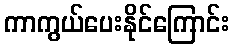
ကာကွယ်ပေးနိုင်ကြောင်း